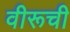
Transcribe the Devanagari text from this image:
वीरूची